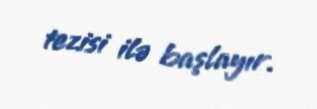
tezisi ilə başlayır.